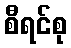
စီရင်စု